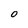
Character: O